Annual administration report of the Bombay Presidency - 1887-1892
Year: 1887
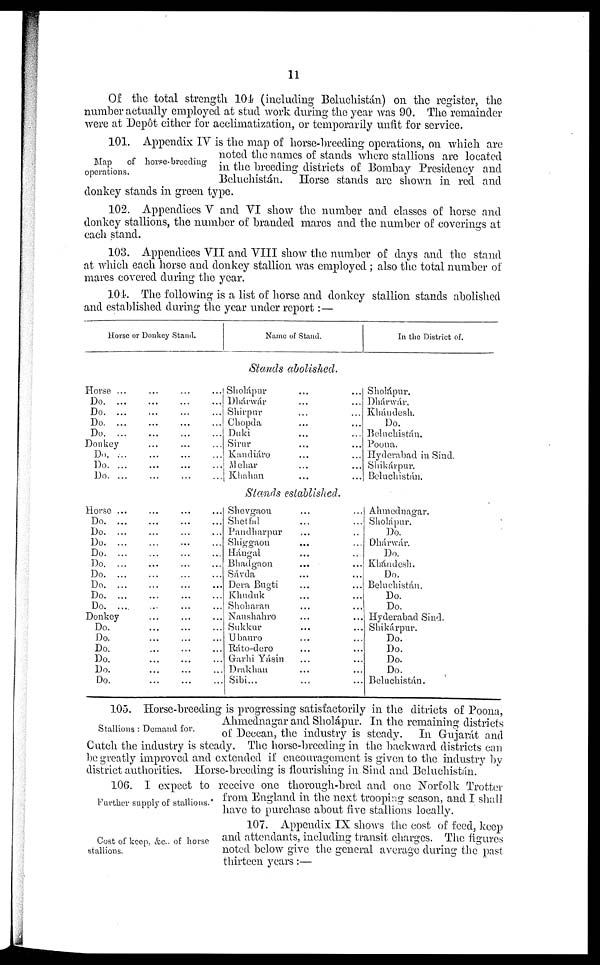
11
Of the total strength 104 (including Beluchistán) on the register, the
number actually employed at stud work during the year was 90. The remainder
were at Depôt either for acclimatization, or temporarily unfit for service.
Map
of horse- breeding
operations.
101. Appendix IV is the map of horse-breeding operations, on which are
noted the names of stands where stallions are located
in the breeding districts of Bombay Presidency and
Beluchistán. Horse stands are shown in red and
donkey stands in green type.
102. Appendices V and VI show the number and classes of horse and
donkey stallions, the number of branded mares and the number of coverings at
each stand.
103. Appendices VII and VIII show the number of days and the stand
at which each horse and donkey stallion was employed; also the total number of
mares covered during the year.
104. The following is a list of horse and donkey stallion stands abolished
and established during the year under report: —
Horse or Donkey Stand.
Name of Stand.
In the District of.
Stands abolished.
Horse ...
Do. ...
Do. ...
Do. ...
Do. ...
Donkey
Do. ...
Do. ...
Do. ...
...
...
...
...
...
...
...
...
...
...
...
...
...
...
...
...
...
...
...
...
...
...
...
...
...
...
...
Sholápar
Dhárwár
Shirpur
Chopda
Duki
Sirur
Kandiáro
Mehar
Khahan
...
...
...
...
...
...
...
...
...
...
...
...
...
...
...
...
...
...
Sholápur.
Dhárwár.
Khándesh.
Do.
Belnchistán.
Poona.
Hyderabad in Sind.
Shikárpur.
Beluchistán.
Stands established.
Horse ...
Do. ...
Do. ...
Do. ...
Do. ...
Do. ...
Do. ...
Do. ...
Do. ...
Do.
...
Donkey
Do.
Do.
Do.
Do.
Do.
Do.
...
...
...
...
...
...
...
...
...
...
...
...
...
...
...
...
...
...
...
...
...
...
...
...
...
...
...
...
...
...
...
...
...
...
...
...
...
...
...
...
...
...
...
...
...
...
...
...
...
...
...
Shevgaou
Shetfal
Pandharpur
Shiggaon
Hángal
Bhadgaon
Sávda
Dera Bugti
Khuduk
Shoharan
Naushahro
Sukkur
Ubauro
Ráto-dero
Garhi Yásin
Drakhan
Sibi...
...
...
...
...
...
...
...
...
...
...
...
...
...
...
...
...
...
...
...
...
...
...
...
...
...
...
...
...
...
...
...
...
...
...
Ahmednagar.
Sholápur.
Do.
Dhárwár.
Do.
Khándesh.
Do.
Beluchistán.
Do.
Do.
Hyderabad Sind.
Shikárpur.
Do.
Do.
Do.
Do.
Beluchistán.
Stallions: Demand for.
105. Horse-breeding is progressing satisfactorily in the ditricts of Poona,
Ahmednagar and Sholápur. In the remaining districts
of Deccan, the industry is steady. In Gujarát and
Cutch the industry is steady. The horse-breeding in the backward districts can
be greatly improved and extended if encouragement is given to the industry by
district authorities. Horse-breeding is flourishing in Sind and Beluchistán.
Further supply of stallions.
106. I expect to receive one thorough-bred and one Norfolk Trotter
from England in the next trooping season, and I shall
have to purchase about five stallions locally.
Cost of keep, &c., of horse
stallions.
107. Appendix IX shows the cost of feed, keep
and attendants, including transit charges. The figures
noted below give the general average during the past
thirteen years:—